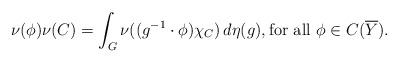
LaTeX: \begin{align*}\nu(\phi) \nu(C) = \int_G \nu((g^{-1} \cdot \phi) \chi_C) \, d\eta(g), \textrm{for all $\phi \in C(\overline{Y})$}.\end{align*}